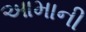
આમાની